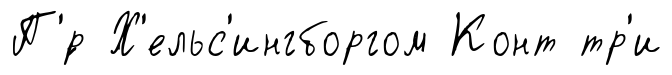
П'́р Х'ельс'ингборгом Конт тр'и